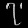
Digit: ၇